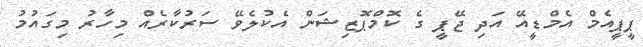
ޕީޕީއެމް އެމްޑީއޭ އަދި ޖޭޕީ ގެ ކޮމްޕޮޒިޝަން އެކުލެވޭ ސަރުކާރެއް މިހާރު މިގައުމު